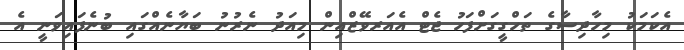
އެކަމަކު މިހާދިސާގެ ތަހްގީގަށްފަހު ޖެޓް އެއަރވޭޒްއިން މިއަދު ނެރުނު ބަޔާނެއްގައި ބުނެފައިވަނީ އެ